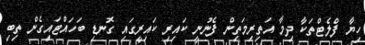
ހިޔާ ފްލެޓްތަކާ ދިމާ އަތިރިމަތިން ފެނުނީ ކައިރި ކައިރީގައި ގޮނޑި ބަހައްޓައިގެން ތިބި